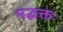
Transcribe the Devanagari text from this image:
मद्भक्तः